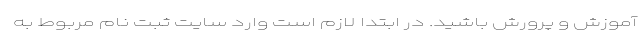
آموزش و پرورش باشید. در ابتدا لازم است وارد سایت ثبت نام مربوط به